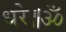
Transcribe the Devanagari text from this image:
धरे॥ॐ